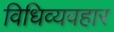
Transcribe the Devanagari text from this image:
विधिव्यवहार